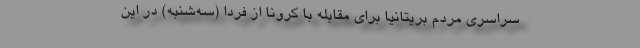
سراسری مردم بریتانیا برای مقابله با کرونا از فردا (سه‌شنبه) در این